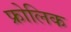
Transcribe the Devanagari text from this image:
फ्रोलिक